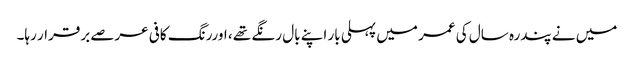
میں نے پندرہ سال کی عمر میں پہلی بار اپنے بال رنگے تھے ، اوررنگ کافی عرصے برقرار رہا۔